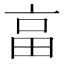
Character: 畗